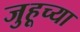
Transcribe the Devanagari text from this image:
जुहूच्या